Veterinary [1909] -
Year: 1909
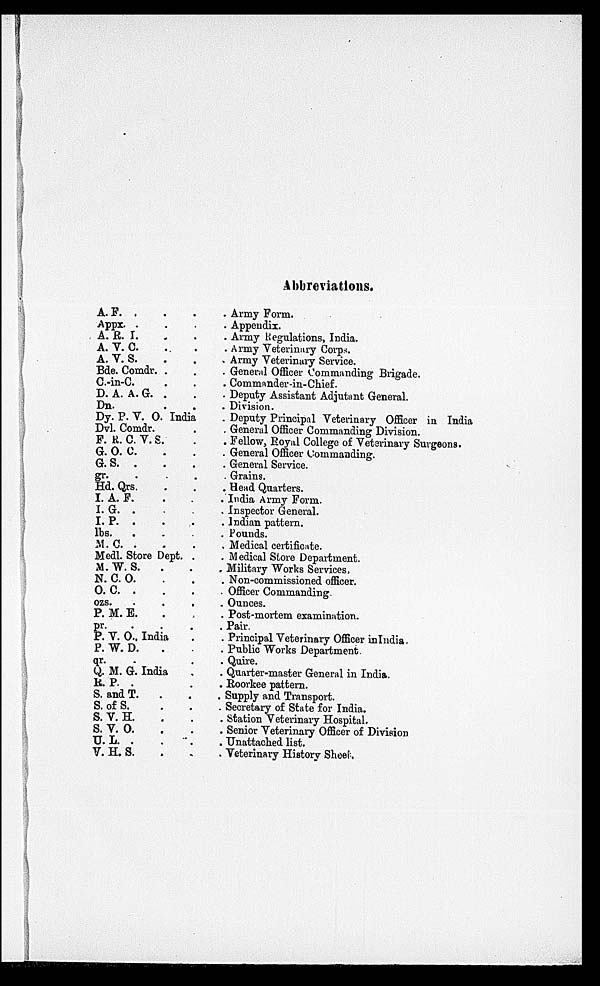
Abbreviations.
A. F. . .
Appx. . . .
A. R. I. . .
A. V. C. . .
A. V. S.
Bde. Comdr. . .
C.-in-C. . .
D. A. A. G. . .
Dn. . .
Dy. P. V. O. India
Dvl. Comdr. .
F. R. C. V. S. .
G. O. C. . .
G. S. . . .
gr. . . .
Hd. Qrs. . .
I. A. F.
I. G. . . .
I. P. . . .
lbs.
. . .
M. C. . . .
Medl. Store Dept. .
M. W. S. . .
N. C. O. . .
O. C. . . .
ozs. . . .
P. M. E.
pr. . . .
P. V. O., India .
P. W. D.
qr. . .
Q. M. G. India .
R. P. . .
S. and T.
S. of S.
S. V. H.
S. V. O.
U. L. . . .
V. H. S. . .
Army Form.
Appendix.
Army Regulations, India.
Army Veterinary Corps.
Army Veterinary Service.
General Officer Commanding Brigade.
Commander-in-Chief.
Deputy Assistant Adjutant General.
Division.
Deputy Principal Veterinary Officer in India
General Officer Commanding Division.
Fellow, Royal College of Veterinary Surgeons.
General Officer Commanding.
General Service.
Grains.
Head Quarters.
India Army Form.
Inspector General.
Indian pattern.
Pounds.
Medical certificate.
Medical Store Department.
Military Works Services.
Non-commissioned officer.
Officer Commanding
Ounces.
Post-mortem examination.
Pair.
Principal Veterinary Officer inIndia
Public Works Department.
Quire.
Quarter-master General in India.
Roorkee pattern.
Supply and Transport.
Secretary of State for India.
Station Veterinary Hospital.
Senior Veterinary Officer of Division
Unattached list.
Veterinary History Sheet.